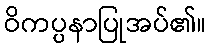
ဝိကပ္ပနာပြုအပ်၏။